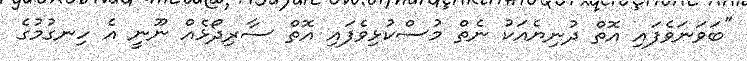
"ބަވަނަވެފައި އޮތް ދުނިޔެއަކު ނެތް މުސްކުޅިވެފައި އޮތް ސާރިދޯޅެއް ނޫނީ އެ ހިނގުމުގެ